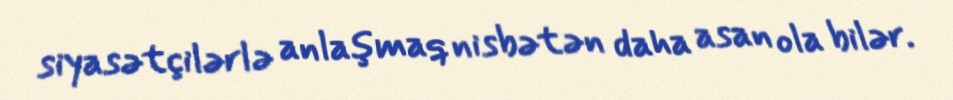
siyasətçilərlə anlaşmaq nisbətən daha asan ola bilər.